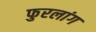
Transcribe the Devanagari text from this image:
फुरलांग